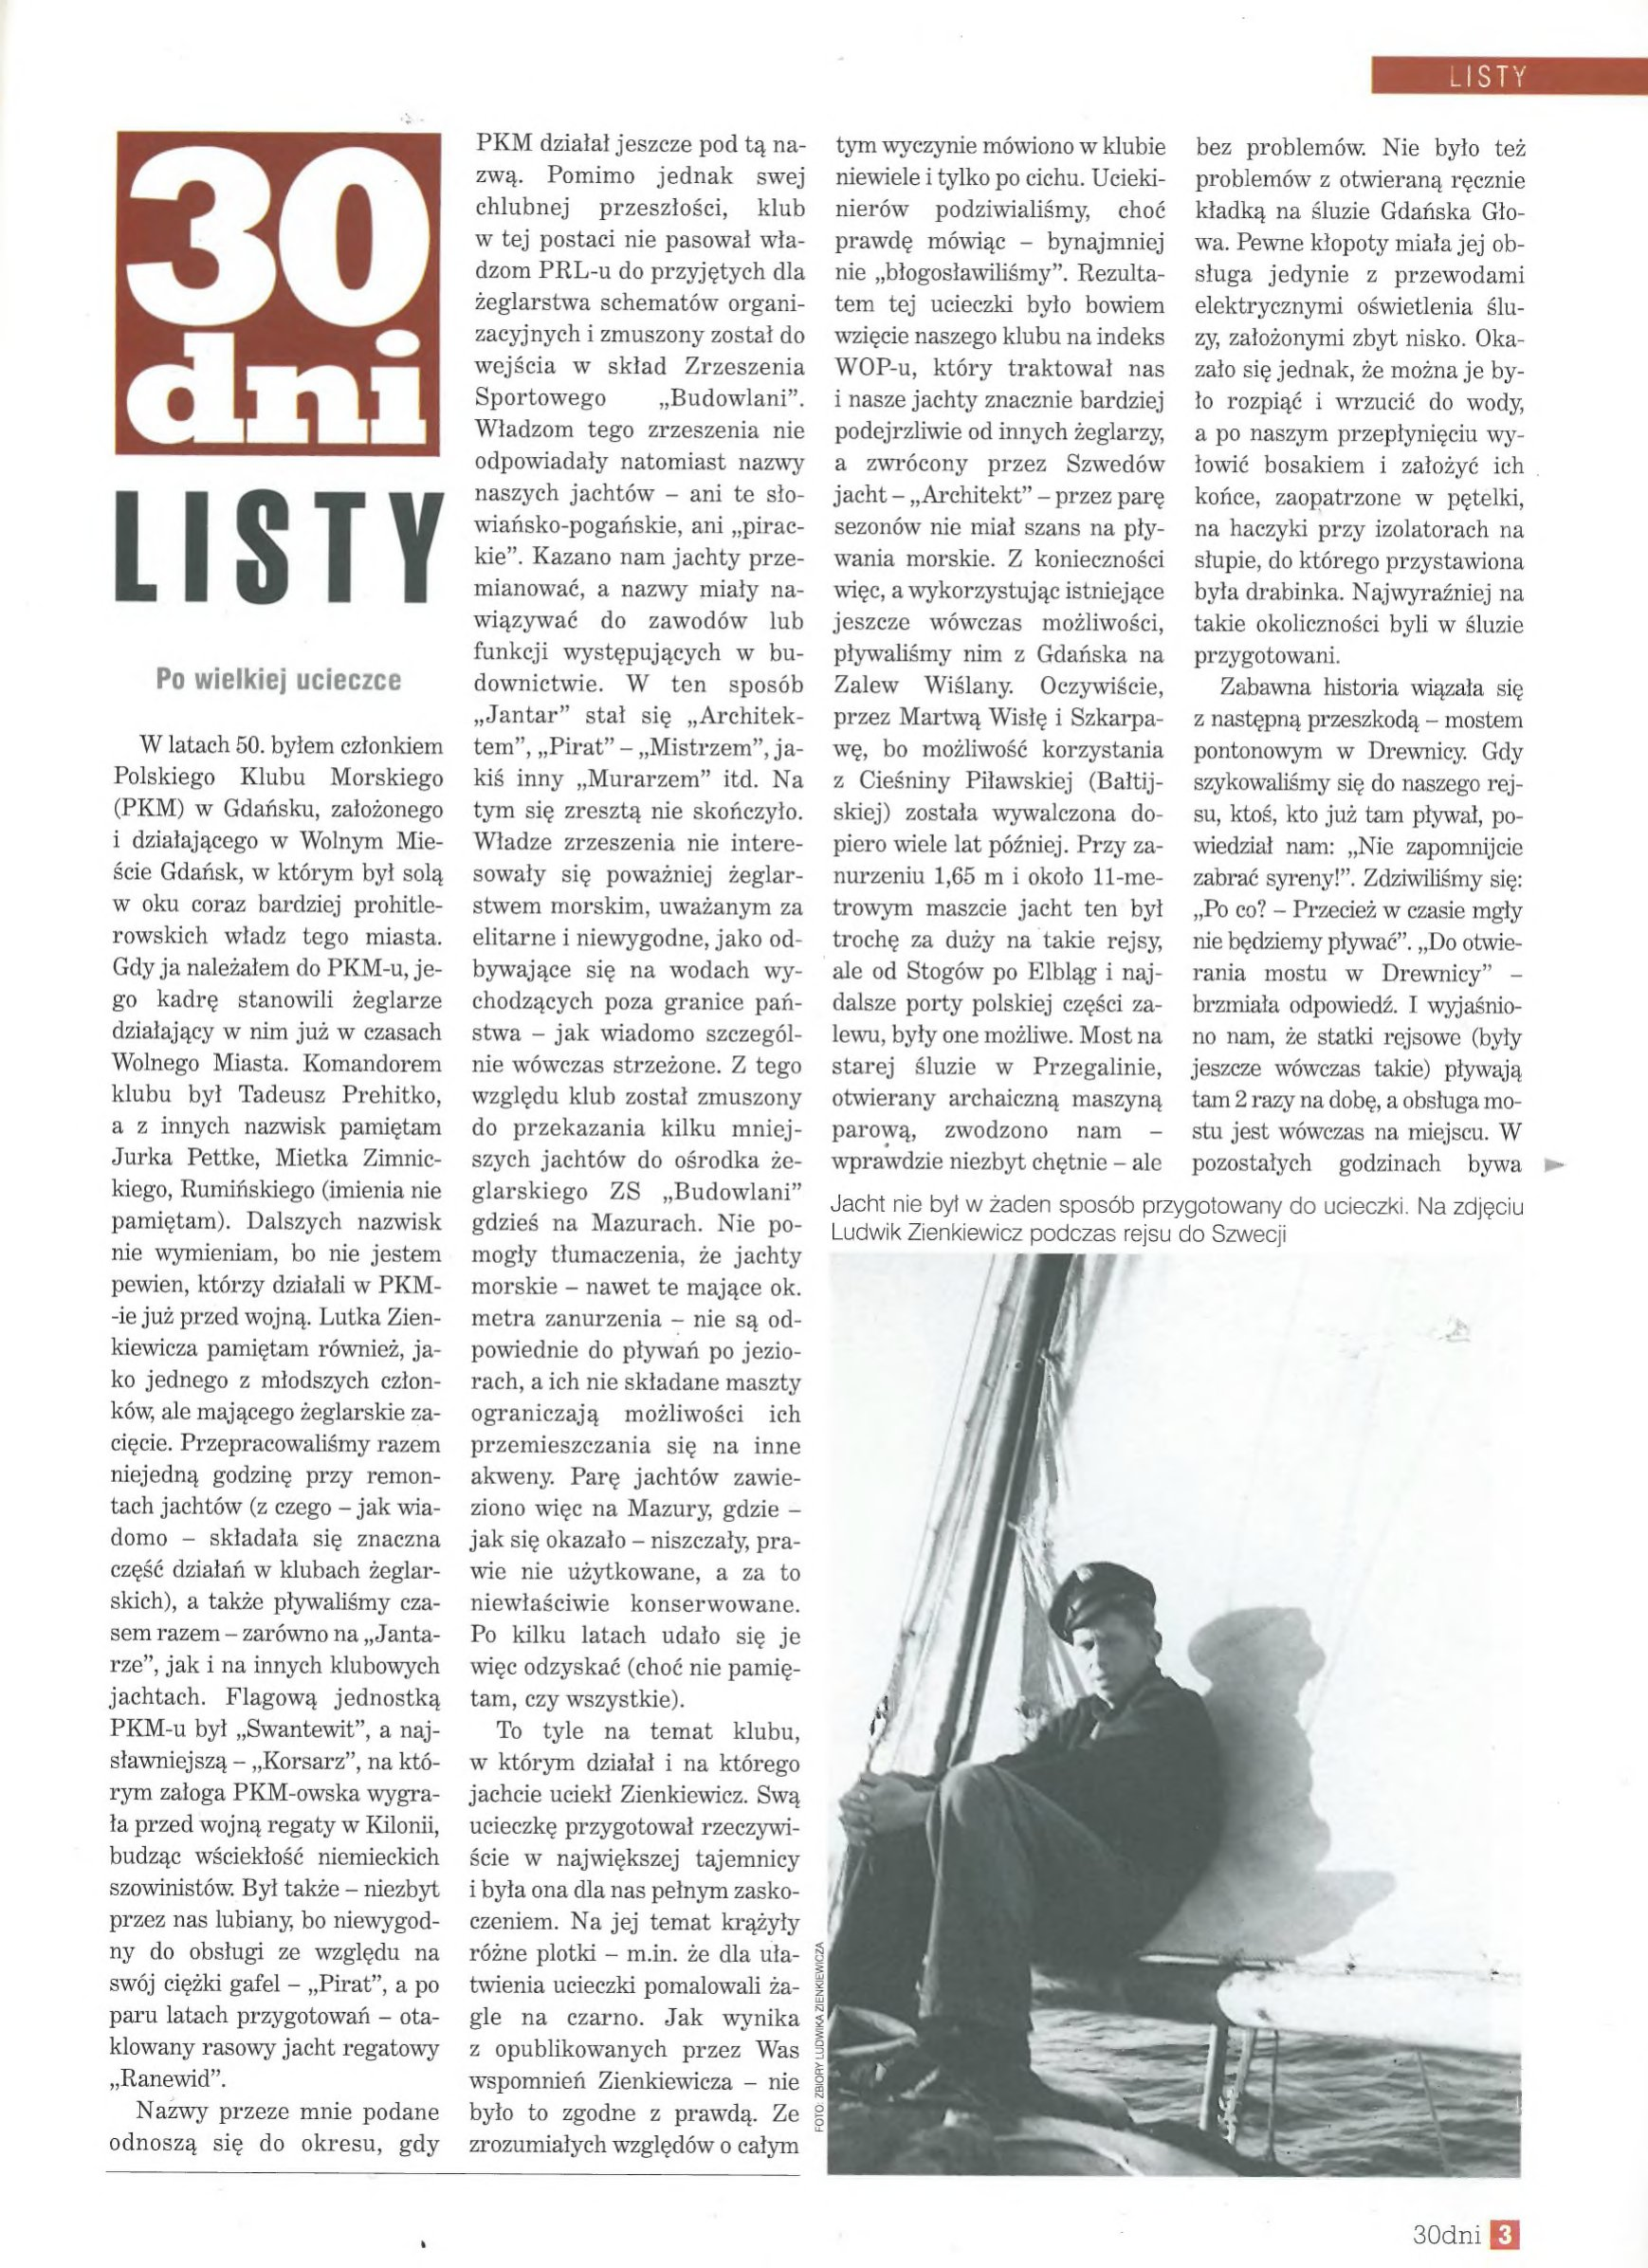
Language: pl